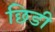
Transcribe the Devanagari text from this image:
छिडी